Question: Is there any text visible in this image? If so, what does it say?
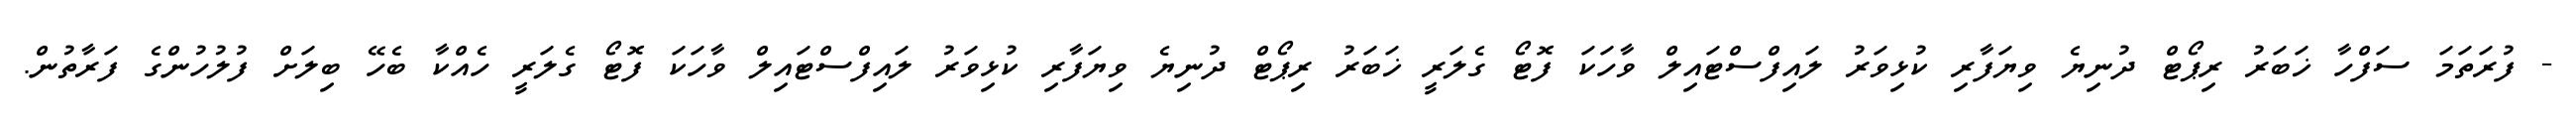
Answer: - ފުރަތަމަ ސަފްހާ ޚަބަރު ރިޕޯޓް ދުނިޔެ ވިޔަފާރި ކުޅިވަރު ލައިފްސްޓައިލް ވާހަކަ ފޮޓޯ ގެލަރީ ޚަބަރު ރިޕޯޓް ދުނިޔެ ވިޔަފާރި ކުޅިވަރު ލައިފްސްޓައިލް ވާހަކަ ފޮޓޯ ގެލަރީ ހެއްކާ ބެހޭ ބިލަށް ފުލުހުންގެ ފަރާތުން.